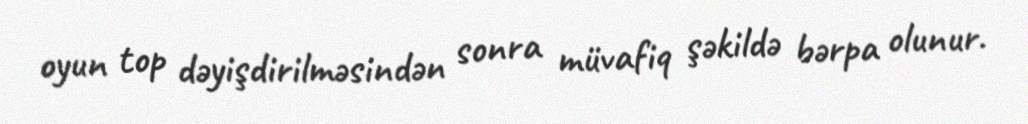
oyun top dəyişdirilməsindən sonra müvafiq şəkildə bərpa olunur.